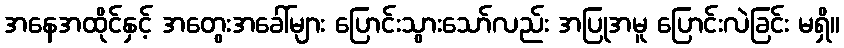
အနေအထိုင်နှင့် အတွေးအခေါ်များ ပြောင်းသွားသော်လည်း အပြုအမူ ပြောင်းလဲခြင်း မရှိ။